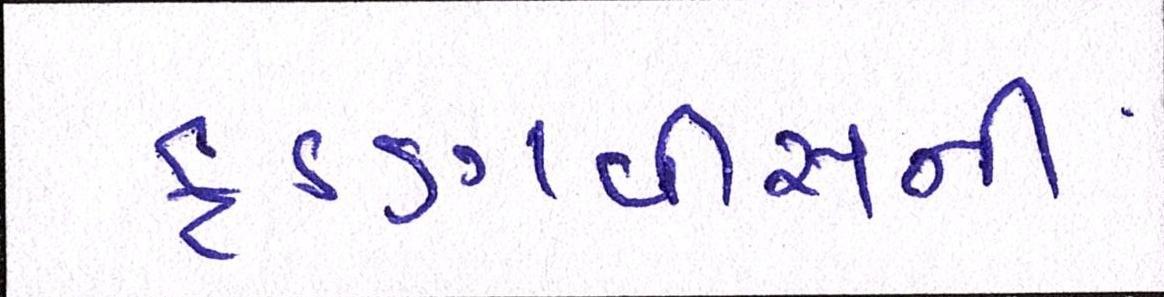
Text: ફડણવીસની